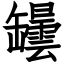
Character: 罎